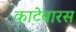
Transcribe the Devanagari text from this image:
काटेबारस